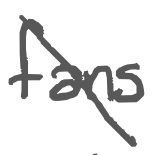
Text: fans
Cross-out: diagonal
Writing tool: digital_gray